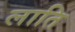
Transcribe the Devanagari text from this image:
लाति